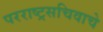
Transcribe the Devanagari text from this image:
परराष्ट्रसचिवाचे